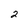
Character: 2